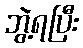
ဘွဲ့ရပြီး